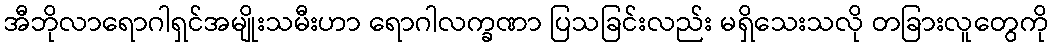
အီဘိုလာရောဂါရှင်အမျိုးသမီးဟာ ရောဂါလက္ခဏာ ပြသခြင်းလည်း မရှိသေးသလို တခြားလူတွေကို